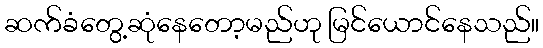
ဆက်ခံတွေ့ဆုံနေတော့မည်ဟု မြင်ယောင်နေသည်။